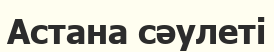
Астана сәулеті